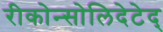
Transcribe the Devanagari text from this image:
रीकोन्सोलिदेटेद्